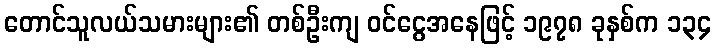
တောင်သူလယ်သမားများ၏ တစ်ဦးကျ ဝင်ငွေအနေဖြင့် ၁၉၇၈ ခုနှစ်က ၁၃၄